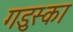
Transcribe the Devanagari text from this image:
गडुस्का